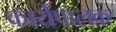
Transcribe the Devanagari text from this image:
कार्येपालक